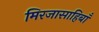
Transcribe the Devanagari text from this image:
मिरजासाहिबाँ